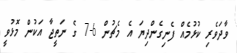
ވާދަވެރި ކުޅުމެއް ފެނިގެންދިޔަ އެ މެޗުން 6-7 ގެ ނަތީޖާ އަކުން މޮޅުވީ